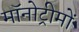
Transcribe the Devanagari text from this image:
मॉनोट्रीमों